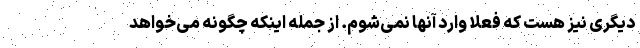
دیگری نیز هست که فعلاً وارد آنها نمی‌شوم. از جمله اینکه چگونه می‌خواهد